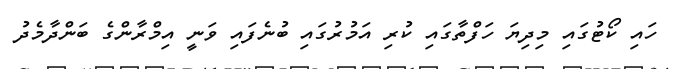
ހައި ކޯޓުގައި މިދިޔަ ހަފްތާގައި ކުރި އަމުރުގައި ބުނެފައި ވަނީ އިމްރާންގެ ބަންދާމެދު